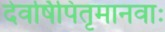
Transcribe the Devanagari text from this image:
देवर्षिपितृमानवाः